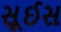
સૂઈસ